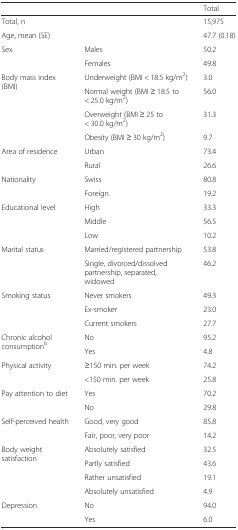
<table><thead><tr><td></td><td></td><td><b>Total</b></td></tr></thead><tbody><tr><td>Total, n</td><td></td><td>15,975</td></tr><tr><td>Age, mean (SE)</td><td></td><td>47.7 (0.18)</td></tr><tr><td rowspan="2">Sex</td><td>Males</td><td>50.2</td></tr><tr><td>Females</td><td>49.8</td></tr><tr><td rowspan="4">Body mass index (BMI)</td><td>Underweight (BMI &lt; 18.5 kg/m<sup>2</sup>)</td><td>3.0</td></tr><tr><td>Normal weight (BMI ≥ 18.5 to &lt; 25.0 kg/m<sup>2</sup>)</td><td>56.0</td></tr><tr><td>Overweight (BMI ≥ 25 to &lt; 30.0 kg/m<sup>2</sup>)</td><td>31.3</td></tr><tr><td>Obesity (BMI ≥ 30 kg/m<sup>2</sup>)</td><td>9.7</td></tr><tr><td rowspan="2">Area of residence</td><td>Urban</td><td>73.4</td></tr><tr><td>Rural</td><td>26.6</td></tr><tr><td rowspan="2">Nationality</td><td>Swiss</td><td>80.8</td></tr><tr><td>Foreign</td><td>19.2</td></tr><tr><td rowspan="3">Educational level</td><td>High</td><td>33.3</td></tr><tr><td>Middle</td><td>56.5</td></tr><tr><td>Low</td><td>10.2</td></tr><tr><td rowspan="2">Marital status</td><td>Married/registered partnership</td><td>53.8</td></tr><tr><td>Single, divorced/dissolved partnership, separated, widowed</td><td>46.2</td></tr><tr><td rowspan="3">Smoking status</td><td>Never smokers</td><td>49.3</td></tr><tr><td>Ex-smoker</td><td>23.0</td></tr><tr><td>Current smokers</td><td>27.7</td></tr><tr><td rowspan="2">Chronic alcohol consumption<sup>b</sup></td><td>No</td><td>95.2</td></tr><tr><td>Yes</td><td>4.8</td></tr><tr><td rowspan="2">Physical activity</td><td>≥150 min. per week</td><td>74.2</td></tr><tr><td>&lt;150 min. per week</td><td>25.8</td></tr><tr><td rowspan="2">Pay attention to diet</td><td>Yes</td><td>70.2</td></tr><tr><td>No</td><td>29.8</td></tr><tr><td rowspan="2">Self-perceived health</td><td>Good, very good</td><td>85.8</td></tr><tr><td>Fair, poor, very poor</td><td>14.2</td></tr><tr><td rowspan="4">Body weight satisfaction</td><td>Absolutely satisfied</td><td>32.5</td></tr><tr><td>Partly satisfied</td><td>43.6</td></tr><tr><td>Rather unsatisfied</td><td>19.1</td></tr><tr><td>Absolutely unsatisfied</td><td>4.9</td></tr><tr><td rowspan="2">Depression</td><td>No</td><td>94.0</td></tr><tr><td>Yes</td><td>6.0</td></tr></tbody></table>